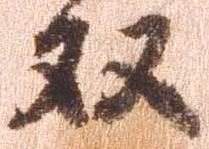
双